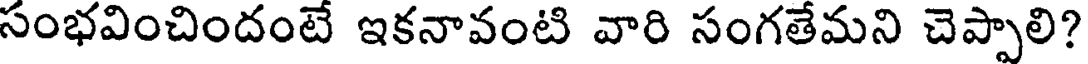
సంభవించిందంటే ఇకనావంటి వారి సంగతేమని చెప్పాలి?